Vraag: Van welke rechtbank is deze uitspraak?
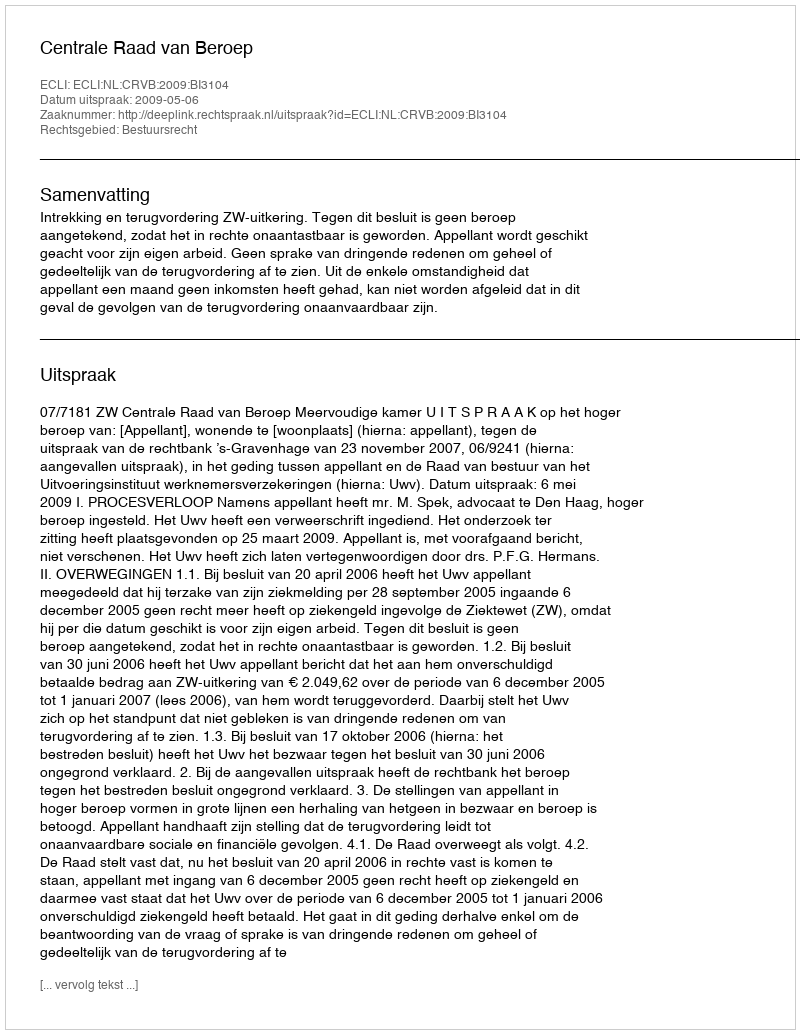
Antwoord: Centrale Raad van Beroep